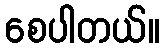
စေပါတယ်။